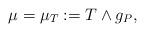
LaTeX: \begin{align*}\mu=\mu_T:=T\wedge g_P,\end{align*}